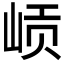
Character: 𱛨